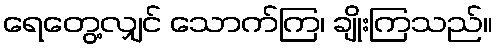
ရေတွေ့လျှင် သောက်ကြ၊ ချိုးကြသည်။